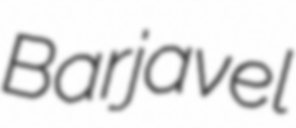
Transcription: Barjavel